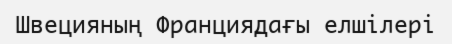
Швецияның Франциядағы елшілері